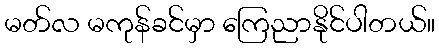
မတ်လ မကုန်ခင်မှာ ကြေညာနိုင်ပါတယ်။